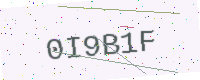
Text: 0I9B1F